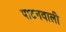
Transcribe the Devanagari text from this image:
पाटनवाली